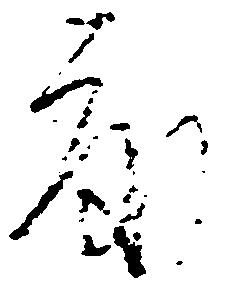
度